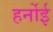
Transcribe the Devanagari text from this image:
हर्नोई